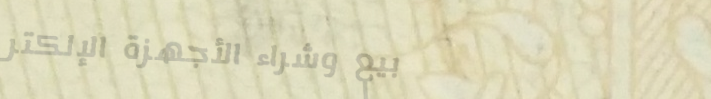
بيع وشراء الأجهزة الإلكتر